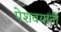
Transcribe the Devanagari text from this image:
पेशवयांनी